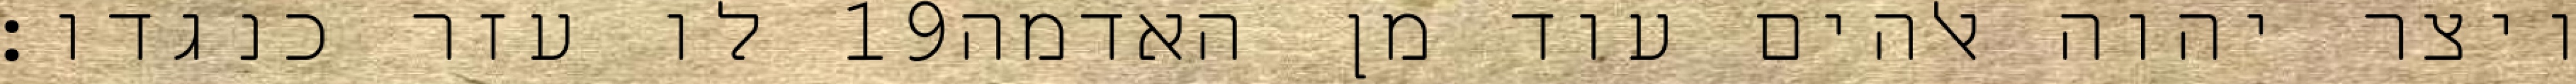
לו עזר כנגדו׃ ‎19‏ ויצר יהוה אלהים עוד מן האדמה